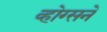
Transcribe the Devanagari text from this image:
व्होग्सने